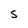
Character: S